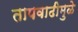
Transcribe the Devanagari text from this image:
तापवाढीमुळे